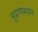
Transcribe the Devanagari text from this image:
मुद्रणप्रधान